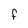
Character: F